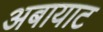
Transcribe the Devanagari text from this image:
अबायाट